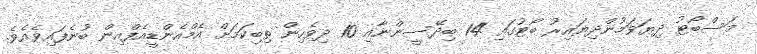
މަސްބޯޓު ދިޔަވަމުންދިޔައިރު ބޯޓުގައި 14 ބިދޭސީންނާއި 10 ދިވެހިން ތިބިކަމަށް އެމްއެންޑީއެފްއިން ބުނެފައިވެއެވެ.